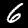
Label: 6